Bombay plague: being a history of the progress of plague in the Bombay presidency from September 1896 to June 1899
Year: 1896
Disease focus: Plague
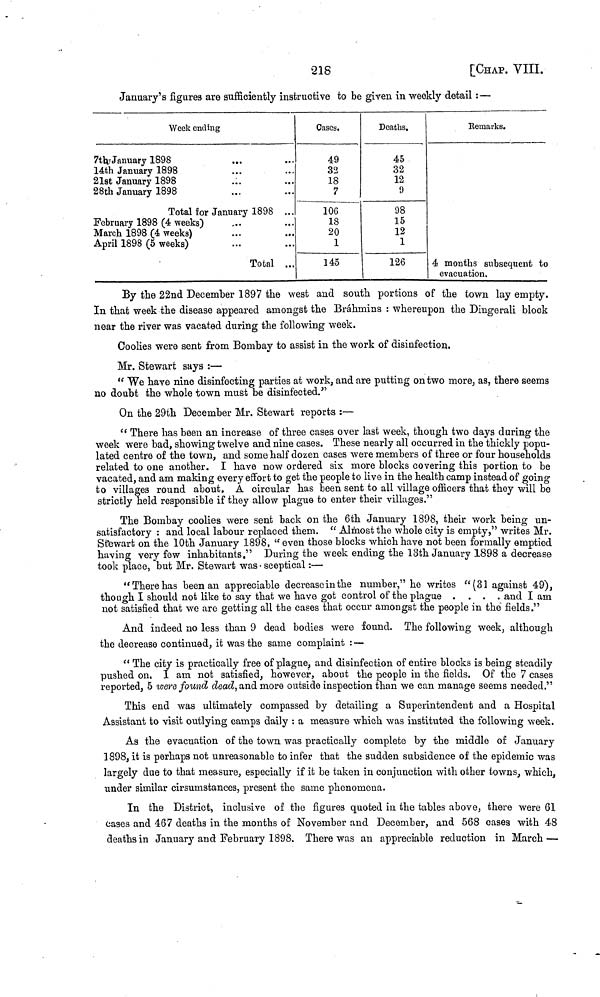
218
[CHAP. VIII.
January's figures are sufficiently instructive to be given in weekly detail : —
Week ending
7th January 1898
14th January 1898
21st January 1898
28th January 1898
...
...
...
Total for January 1898
February 1898 (4 weeks)
March 1898 (4 weeks)
April 1898 (5 weeks)
...
...
...
Total
...
...
...
...
...
...
...
...
Cases.
49
32
18
7
106
18
20
1
145
Deaths.
45
32
12
9
98
15
12
1
126
Remarks.
4 months subsequent to
evacuation.
By the 22nd December 1897 the west and south portions of the town lay empty.
In that week the disease appeared amongst the Brahmins : whereupon the Dingerali block
near the river was vacated during the following week.
Coolies were sent from Bombay to assist in the work of disinfection.
Mr. Stewart says :—
" We have nine disinfecting parties at work, and are putting on two more, as, there seems
no doubt the whole town must be disinfected."
On the 29th December Mr. Stewart reports :—
"There has been an increase of three cases over last week, though two days during the
week were bad, showing twelve and nine cases. These nearly all occurred in the thickly popu-
lated centre of the town, and some half dozen cases were members of three or four households
related to one another. I have now ordered six more blocks covering this portion to be
vacated, and am making every effort to get the people to live in the health camp instead of going
to villages round about. A circular has been sent to all village officers that they will be
strictly held responsible if they allow plague to enter their villages."
The Bombay coolies were sent back on the 6th January 1898, their work being un-
satisfactory : and local labour replaced them. "Almost the whole city is empty," writes Mr.
Stewart on the 10th January 1898, "even those blocks which have not been formally emptied
having very few inhabitants." During the week ending the 13th January 1898 a decrease
took place, but Mr. Stewart was sceptical :—
"There has been an appreciable decrease in the number," he writes "(31 against 49),
though I should not like to say that we have got control of the plague ....
and I am
not satisfied that we are getting all the cases that occur amongst the people in the fields."
And indeed no less than 9 dead bodies were found. The following week, although
the decrease continued, it was the sanie complaint : —
"The city is practically free of plague, and disinfection of entire blocks is being steadily
pushed on. I am not satisfied, however, about the people in the fields. Of the 7 cases
reported, 5 were found dead, and more outside inspection than we can manage seems needed."
This end was ultimately compassed by detailing a Superintendent and a Hospital
Assistant to visit outlying camps daily : a measure which was instituted the following week.
As the evacuation of the town was practically complete by the middle of January
1898, it is perhaps not unreasonable to infer that the sudden subsidence of the epidemic was
largely due to that measure, especially if it be taken in conjunction with other towns, which,
under similar cirsuinstances, present the same phenomena.
In the District, inclusive of the figures quoted in the tables above, there were 61
cases and 467 deaths in the months of November and December, and 568 cases with 48
deaths in January and February 1898. There was an appreciable reduction in March —